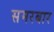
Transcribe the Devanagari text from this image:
समरबार